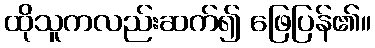
ထိုသူကလည်းဆက်၍ ဖြေပြန်၏။